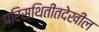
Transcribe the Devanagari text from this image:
परिस्थितीतदेखील